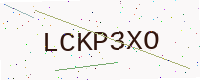
Text: LCKP3XO